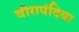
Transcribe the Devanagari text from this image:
वीरापंदिया